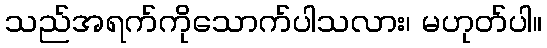
သည်အရက်ကိုသောက်ပါသလား၊ မဟုတ်ပါ။